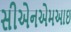
સીએનએમઆઇ